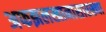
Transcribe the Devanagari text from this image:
अफझलखानासारख्या